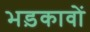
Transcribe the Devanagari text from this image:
भड़कावों